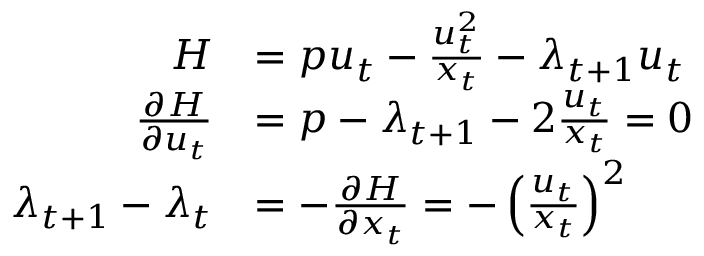
{ \begin{array} { r l } { H } & { = p u _ { t } - { \frac { u _ { t } ^ { 2 } } { x _ { t } } } - \lambda _ { t + 1 } u _ { t } } \\ { { \frac { \partial H } { \partial u _ { t } } } } & { = p - \lambda _ { t + 1 } - 2 { \frac { u _ { t } } { x _ { t } } } = 0 } \\ { \lambda _ { t + 1 } - \lambda _ { t } } & { = - { \frac { \partial H } { \partial x _ { t } } } = - \left( { \frac { u _ { t } } { x _ { t } } } \right) ^ { 2 } } \end{array} }